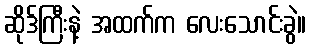
ဆိုဒ်ကြီးနဲ့ အထက်က လေးသောင်းခွဲ။